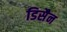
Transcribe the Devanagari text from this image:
डिसैन